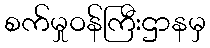
စက်မှုဝန်ကြီးဌာနမှ